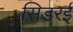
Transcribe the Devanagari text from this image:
सिडरई